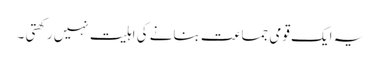
یہ ایک قومی جماعت بنانے کی اہلیت نہیں رکھتی ۔